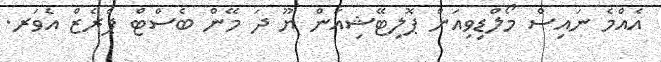
އެއްމެ ނައިސް މޯލްޑިވިއަން ޕޮލިޓޭޝިއަން ޔޫ ދަ މޭން ބެސްޓް ޕްރެޒް އެވަރ.